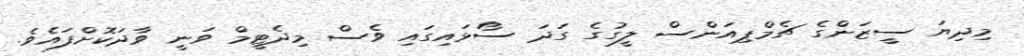
މިދިޔަ ސީޒަންގެ ޗެމްޕިއަންސް ލީގުގެ ގަދަ ސޯޅައިގައި ވެސް މިދެޓީމް ވަނީ ވާދަކޮށްފައެވެ.